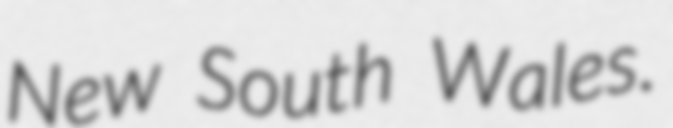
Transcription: New South Wales.